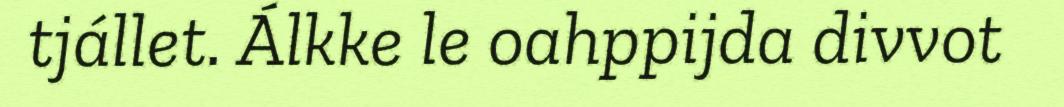
tjállet. Álkke le oahppijda divvot